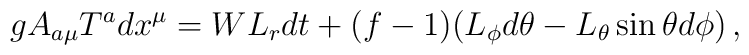
gA_{a\mu} T^a dx^\mu = W L_r dt + (f-1)(L_\phi d\theta - L_\theta\sin \theta d\phi)\, ,